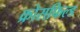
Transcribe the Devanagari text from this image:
क्रोसफिल्ड